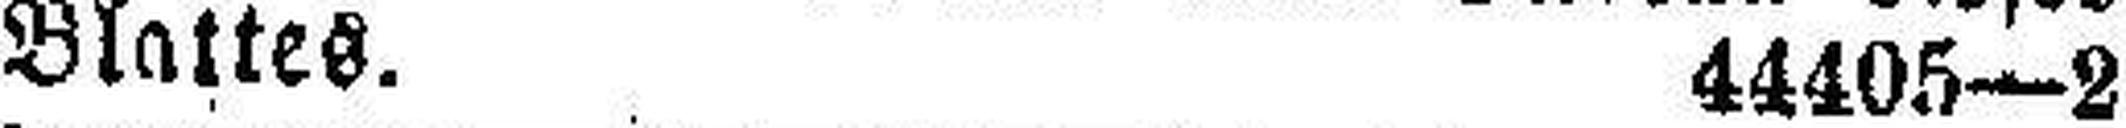
Blattes. 44405—2